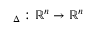
{ \bf \Phi } _ { \Delta } : \mathbb { R } ^ { n } \to \mathbb { R } ^ { n }